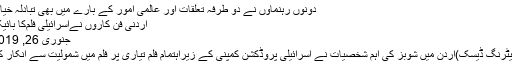
دونوں رہنماؤں نے دو طرفہ تعلقات اور عالمی امور کے بارے میں بھی تبادلہ خیال کیا، …
اردنی فن کاروں نےاسرائیلی فلم‌کا بائیکاٹ کردیا
جنوری 26, 2019	188
عمان (مانیٹرنگ ڈیسک)اردن میں شوبز کی اہم شخصیات نے اسرائیلی پروڈکشن کمپنی کے زیراہتمام فلم تیاری پر فلم میں شمولیت سے انکار کر دیا ہے۔